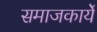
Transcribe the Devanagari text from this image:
समाजकार्ये